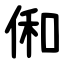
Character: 俰